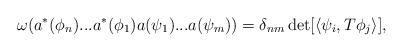
LaTeX: \begin{align*}\omega ( a^* ( \phi_n ) ... a^* ( \phi_1) a (\psi_1 ) ... a ( \psi_m) ) = \delta_{nm} \det [ \langle \psi_i , T \phi_j \rangle ],\end{align*}